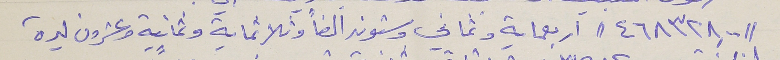
//٤٦٨٣٢٨.٠٠// اربعماية وثماني وستون الفاً وثلاثماية وثمانية وعشرون ليرة